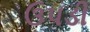
ઉપડી